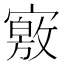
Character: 𡫀